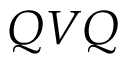
Q V Q